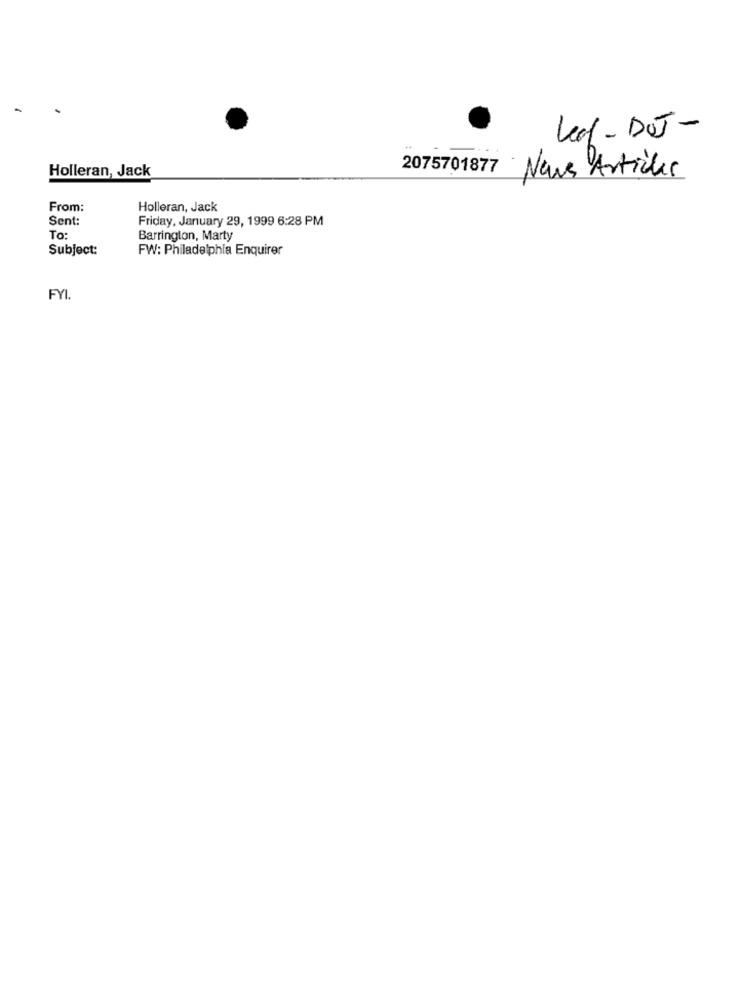
Leal- DOJ-
Holleran, Jack
2075701877 News Articles
From:
Holleran, Jack
Sent:
Friday, January 29, 1999 6:28 PM
To:
Barrington, Marty
Subject:
FW: Philadelphia Enquirer
FYI.